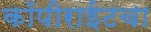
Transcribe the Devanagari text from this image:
कॉपीराईटचा